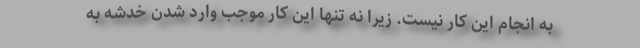
به انجام این کار نیست. زیرا نه تنها این کار موجب وارد شدن خدشه به